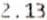
2.13